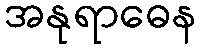
အနုရာဓေန